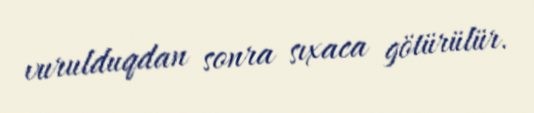
vurulduqdan sonra sıxaca götürülür.